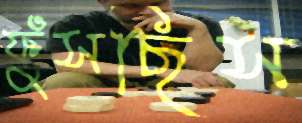
ফুঁসছিস